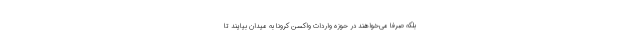
بلکه صرفا می‌خواهند در حوزه واردات واکسن کرونا به میدان بیایند تا